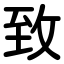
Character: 致